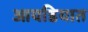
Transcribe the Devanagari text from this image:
आयडियात